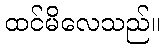
ထင်မိလေသည်။